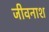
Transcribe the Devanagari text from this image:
जीवनाश